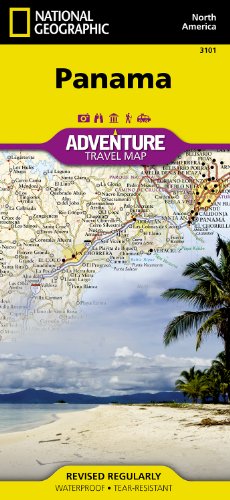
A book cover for Panama (National Geographic Adventure Map); National Geographic Maps - Adventure; Reference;